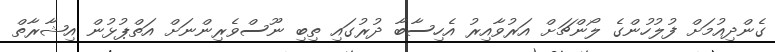
ގެންދިއުމަށް ފުލުހުންގެ ލޯންޗަށް އަރުވާއިރު އެހިސާބާ ދުރުގައި ތިބި ނޫސްވެރިންނަށް އަތްޕުޅުން އިޝާރާތް